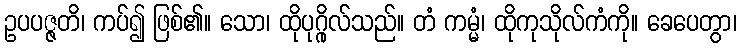
ဥပပဇ္ဇတိ၊ ကပ်၍ ဖြစ်၏။ သော၊ ထိုပုဂ္ဂိုလ်သည်။ တံ ကမ္မံ၊ ထိုကုသိုလ်ကံကို။ ခေပေတွာ၊